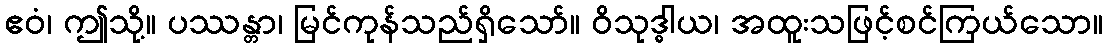
ဧဝံ၊ ဤသို့။ ပဿန္တာ၊ မြင်ကုန်သည်ရှိသော်။ ဝိသုဒ္ဓါယ၊ အထူးသဖြင့်စင်ကြယ်သော။